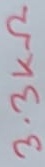
Text: 3.3KΩ